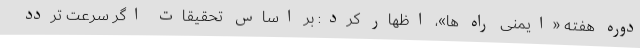
دوره هفته «ایمنی راه ها»، اظهار کرد: بر اساس تحقیقات اگر سرعت تردد